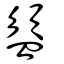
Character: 盨